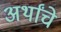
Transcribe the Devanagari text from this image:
अर्थांचे